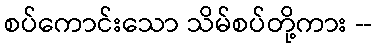
စပ်ကောင်းသော သိမ်စပ်တို့ကား --